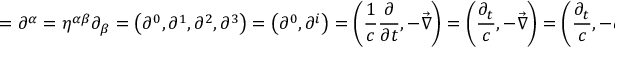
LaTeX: \mathbf { \partial } = \partial ^ { \alpha } = \eta ^ { \alpha \beta } \partial _ { \beta } = \left( \partial ^ { 0 } , \partial ^ { 1 } , \partial ^ { 2 } , \partial ^ { 3 } \right) = \left( \partial ^ { 0 } , \partial ^ { i } \right) = \left( { \frac { 1 } { c } } { \frac { \partial } { \partial t } } , - { \vec { \nabla } } \right) = \left( { \frac { \partial _ { t } } { c } } , - { \vec { \nabla } } \right) = \left( { \frac { \partial _ { t } } { c } } , - \partial _ { x } , - \partial _ { y } , - \partial _ { z } \right)